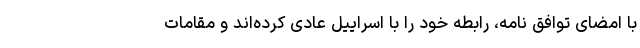
با امضای توافق نامه، رابطه خود را با اسراییل عادی کرده‌اند و مقامات